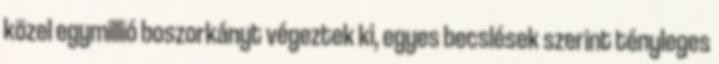
közel egymillió boszorkányt végeztek ki, egyes becslések szerint tényleges